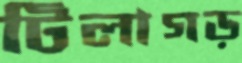
টিলাগড়